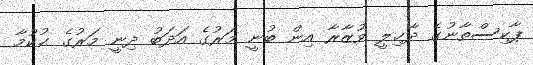
ޕާކިސްތާނުގެ ދާޚިލީ ވުޒާރާ އިން ބުނީ މަރުގެ އަދަބު ދިނީ މަރުގެ ޙުކުމާ